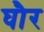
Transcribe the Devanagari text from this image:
घौर